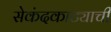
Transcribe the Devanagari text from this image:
सेकंदकाट्याची